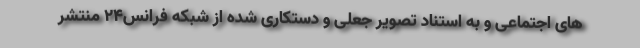
های اجتماعی و به استناد تصویر جعلی و دستکاری شده از شبکه فرانس۲۴ منتشر